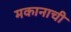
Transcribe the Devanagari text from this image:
मकानाची